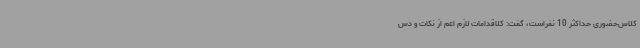
کلاس‌حضوری حداکثر 10 نفراست، گفت: کلاقدامات لازم اعم از نکات و دس